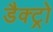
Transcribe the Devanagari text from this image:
डैक्ट्रो